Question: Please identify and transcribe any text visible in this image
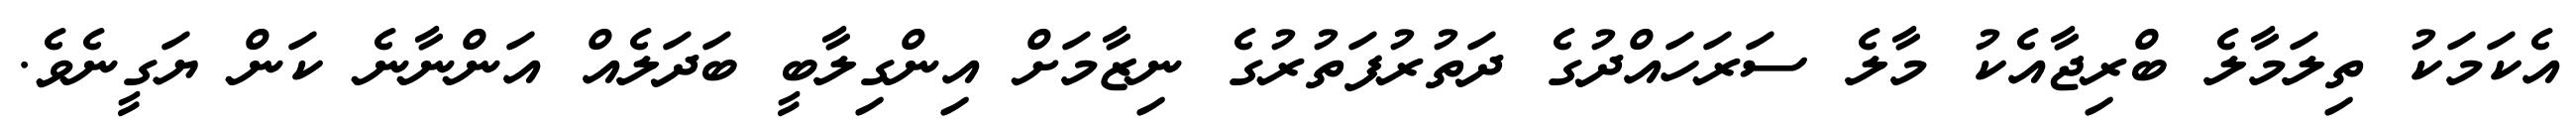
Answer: އެކަމަކު ތިލަމާލެ ބްރިޖާއެކު މާލެ ސަރަހައްދުގެ ދަތުރުފަތުރުގެ ނިޒާމަށް އިންގިލާބީ ބަދަލެއް އަންނާނެ ކަން ޔަގީނެވެ.